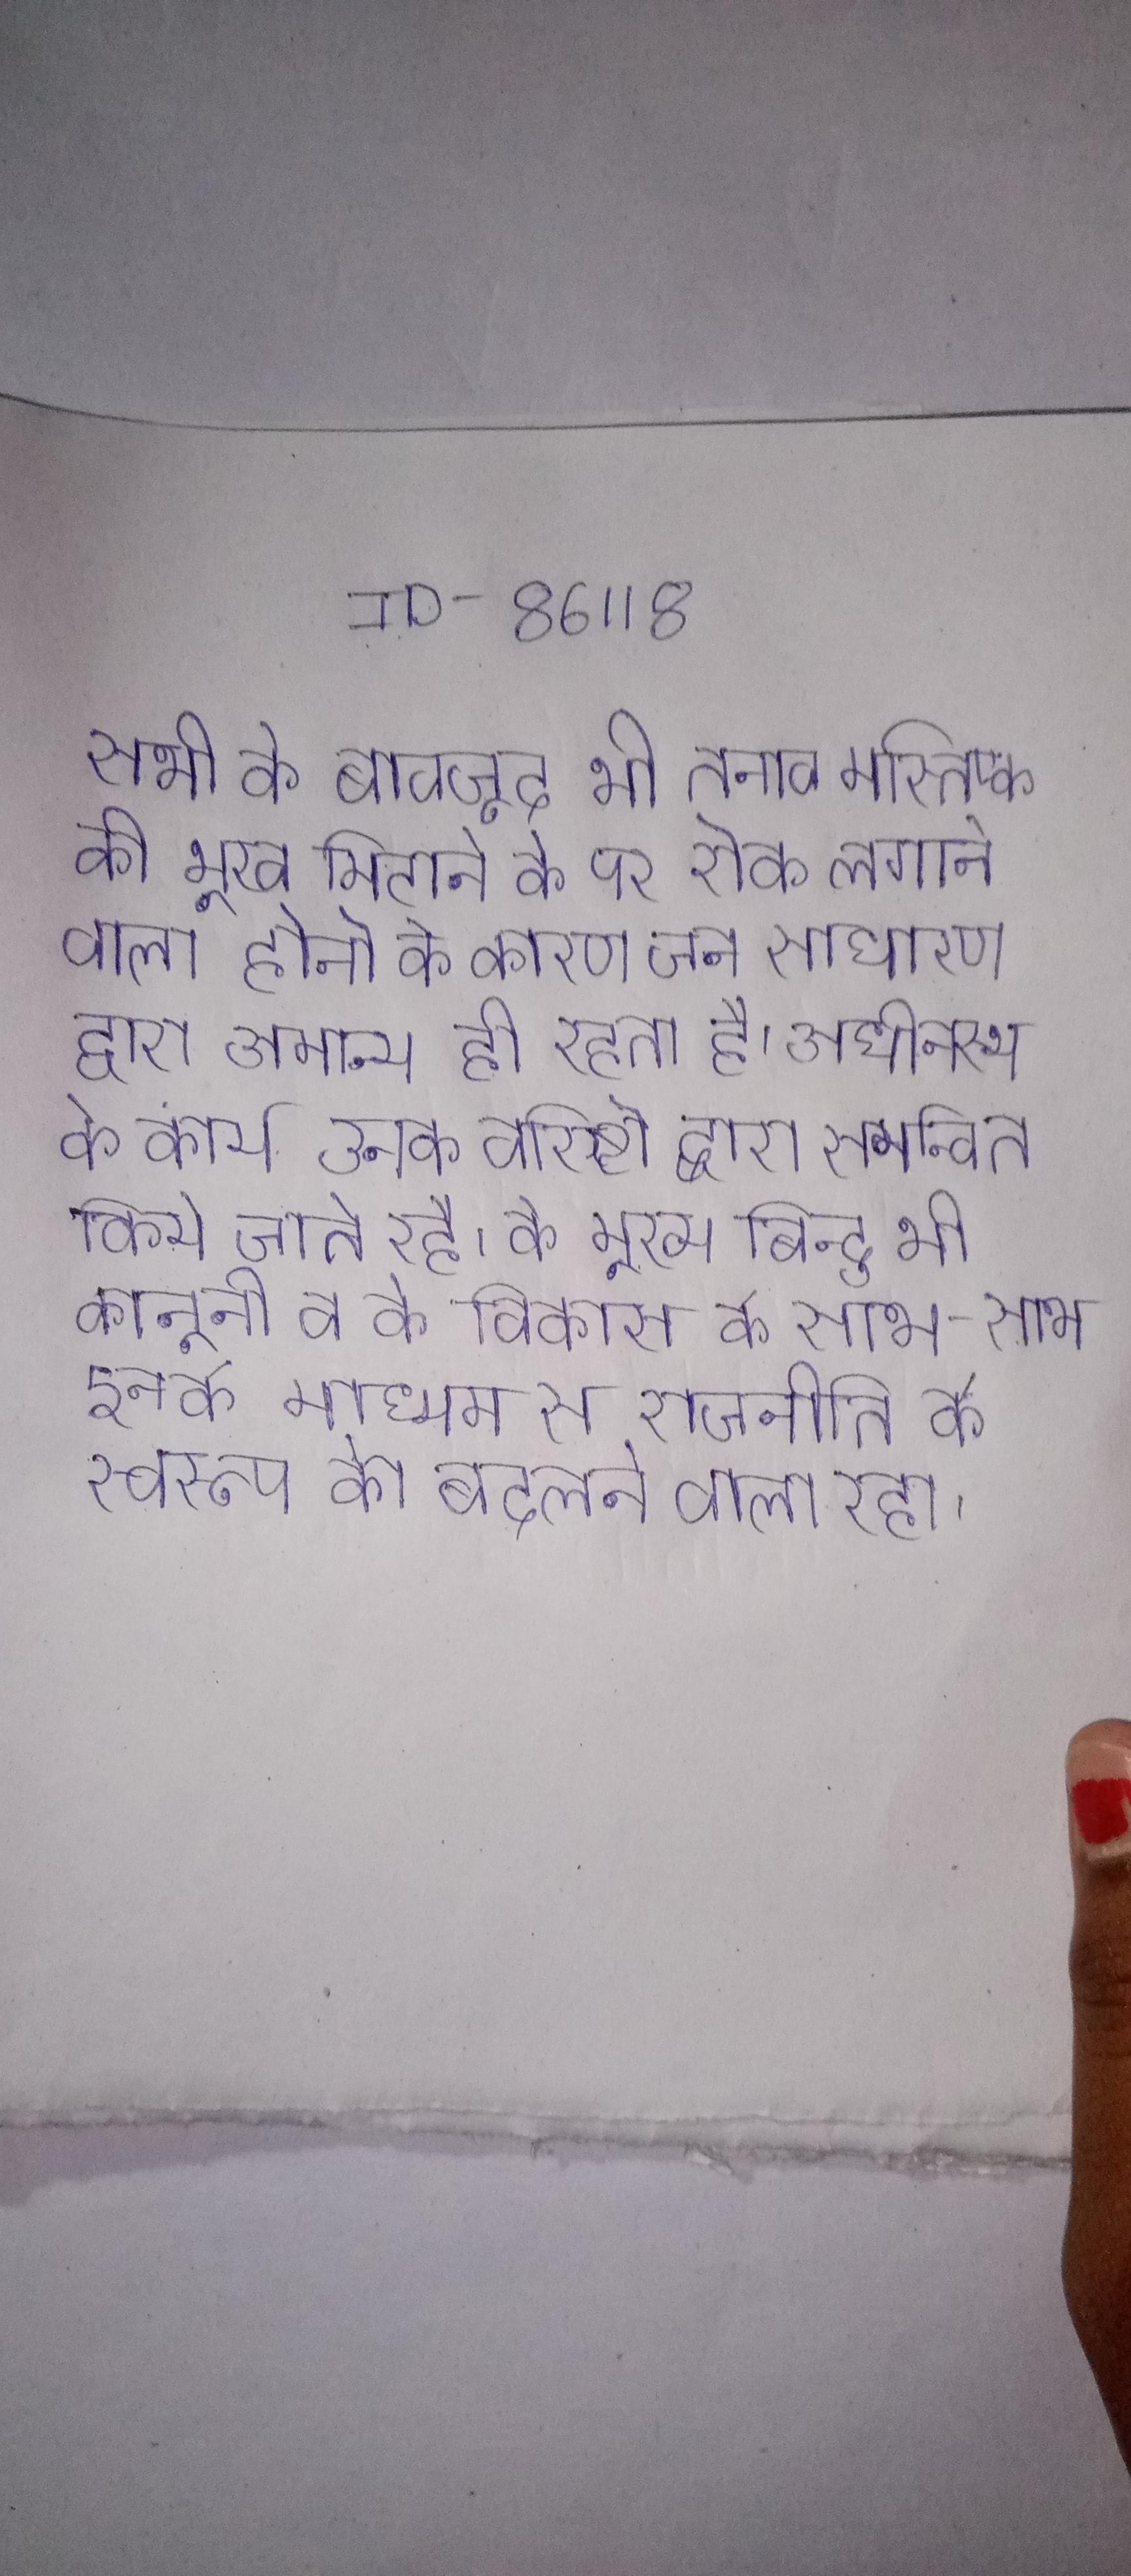
सभी के बावजूद भी तनाव मस्तिष्क की भूख मिटाने के पर रोक लगाने वाला होने के कारण जन साधारण द्वारा अमान्य ही रहता है । अधीनस्थ के कार्य उनके वरिष्ठो द्वारा समन्वित किये जाते रहे । के मुख्य बिन्दु भी कानूनी व के विकास के साथ-साथ इनके माध्यम से राजनीति के स्वरूप को बदलने वाला रहा ।